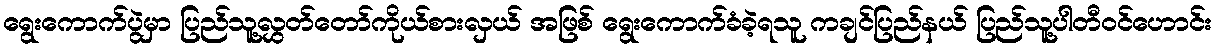
ရွေးကောက်ပွဲမှာ ပြည်သူ့လွှတ်တော်ကိုယ်စားလှယ် အဖြစ် ရွေးကောက်ခံခဲ့ရသူ ကချင်ပြည်နယ် ပြည်သူ့ပါတီဝင်ဟောင်း